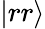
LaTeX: |rr\rangle